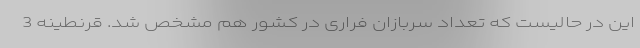
این در حالیست که تعداد سربازان فراری در کشور هم مشخص شد. قرنطینه 3